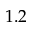
1 . 2